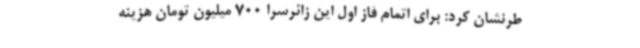
طرنشان کرد: برای اتمام فاز اول این زائرسرا 700 میلیون تومان هزینه